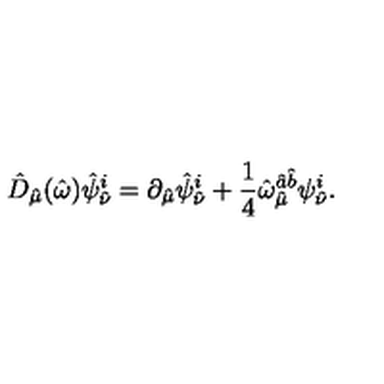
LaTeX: \hat { D } _ { \hat { \mu } } ( \hat { \omega } ) \hat { \psi } _ { \hat { \nu } } ^ { i } = \partial _ { \hat { \mu } } \hat { \psi } _ { \hat { \nu } } ^ { i } + \frac { 1 } { 4 } \hat { \omega } _ { \hat { \mu } } ^ { \hat { a } \hat { b } } \psi _ { \hat { \nu } } ^ { i } .